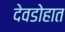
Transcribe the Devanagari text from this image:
देवडोहात